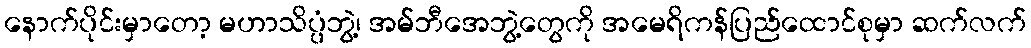
နောက်ပိုင်းမှာတော့ မဟာသိပ္ပံဘွဲ့၊ အမ်ဘီအေဘွဲ့တွေကို အမေရိကန်ပြည်ထောင်စုမှာ ဆက်လက်